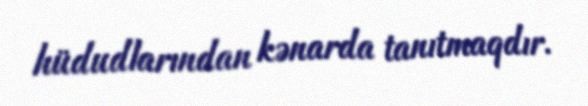
hüdudlarından kənarda tanıtmaqdır.